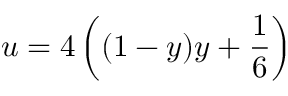
u = 4 \left( ( 1 - y ) y + \frac { 1 } { 6 } \right)